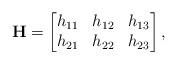
LaTeX: \begin{align*}{\bf H}&=\begin{bmatrix}h_{11} & h_{12} & h_{13} \\h_{21} & h_{22} & h_{23}\end{bmatrix},\end{align*}